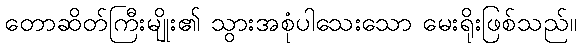
တောဆိတ်ကြီးမျိုး၏ သွားအစုံပါသေးသော မေးရိုးဖြစ်သည်။